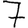
Digit: 7